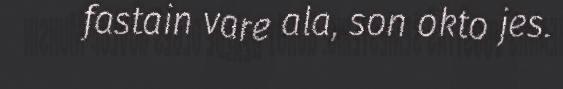
fastain vare ala, son okto jes.